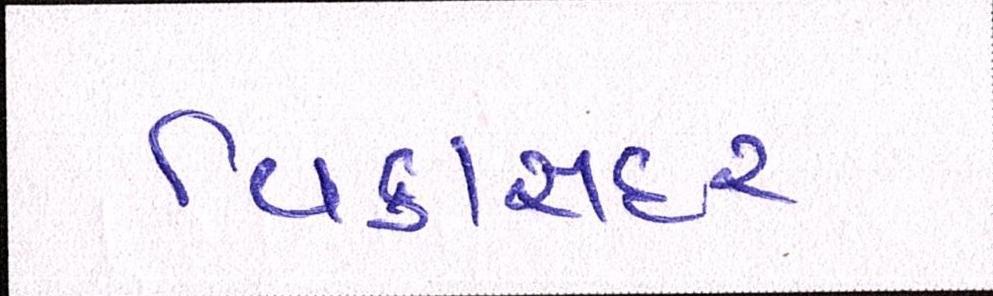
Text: વિકાસદર